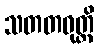
သတတဝုတ္တိ